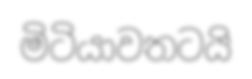
මිටියාවතටයි